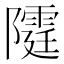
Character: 𨽕